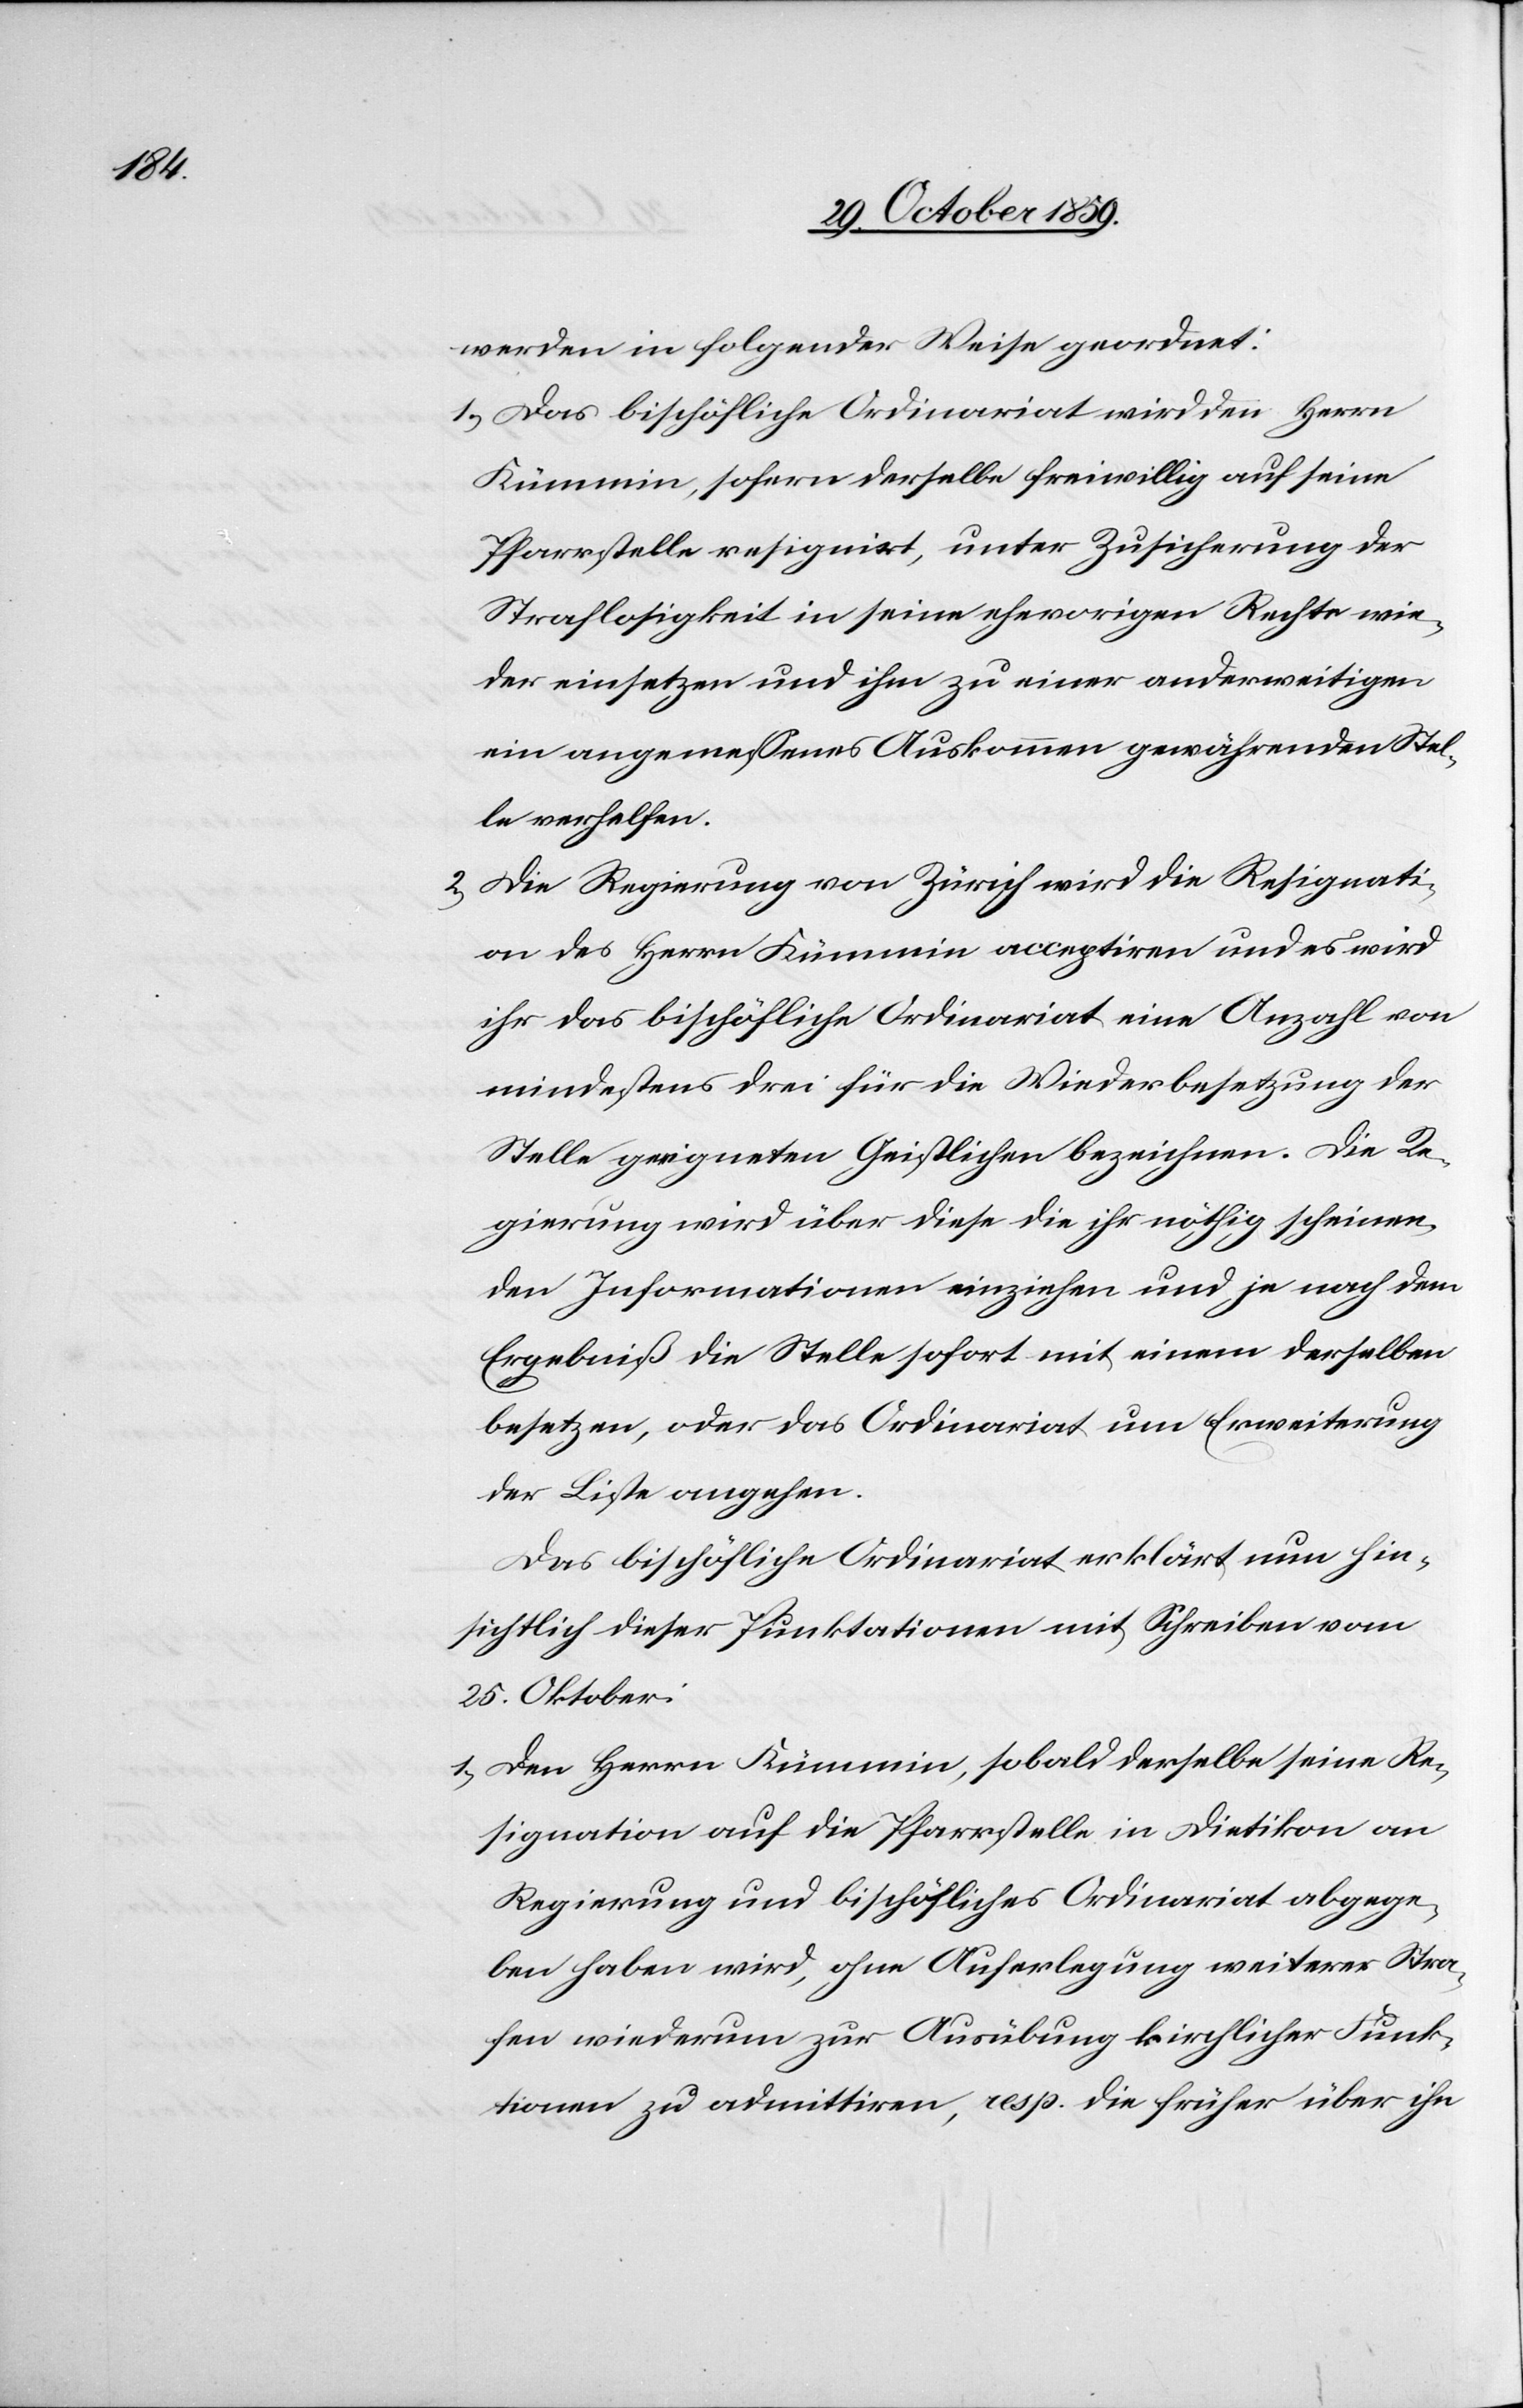
werden in folgender Weise geordnet:
1) Das bischöfliche Ordinariat wird den Herrn
Kümmin, sofern derselbe freiwillig auf seine
Pfarrstelle resignirt, unter Zusicherung der
Straflosigkeit in seine ehevorigen Rechte wie¬
der einsetzen und ihm zu einer anderweitigen
ein angemessenes Auskommen gewährenden Stel¬
le verhelfen.
2) Die Regierung von Zürich wird die Resignati¬
on des Herrn Kümmin acceptiren und es wird
ihr das bischöfliche Ordinariat eine Anzahl von
mindestens drei für die Wiederbesetzung der
Stelle geeigneten Geistlichen bezeichnen. Die Re¬
gierung wird über diese die ihr nöthig scheinen¬
den Informationen einziehen und je nach dem
Ergebniß die Stelle sofort mit einem derselben
besetzen, oder das Ordinariat um Erweiterung
der Liste angehen.
Das bischöfliche Ordinariat erklärt nun hin¬
sichtlich dieser Punktationen im Schreiben vom
25. Oktober:
1) Den Herrn Kümmin, sobald derselbe seine Re¬
signation auf die Pfarrstelle in Dietikon an
Regierung und bischöfliches Ordinariat abgege¬
ben haben wird, ohne Auferlegung weiterer Stra¬
fen wiederum zu Ausübung kirchlicher Funk¬
tionen admittiren, resp. die früher über ihn